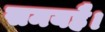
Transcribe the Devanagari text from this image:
समयहै।